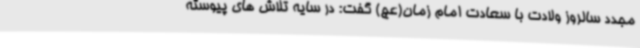
مجدد سالروز ولادت با سعادت امام زمان(عج) گفت: در سایه تلاش های پیوسته